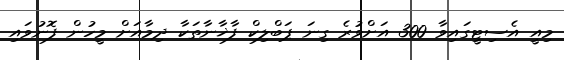
މިއީ އެސިޓީގައިވާ 300 އަށްވުރެ ގިނަ ޕަބްލިކް ފާޚާނާތަކާ ދިމާއަށް މީހުން ފޮނުވައި